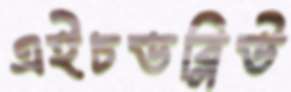
এইচডব্লিউ